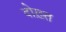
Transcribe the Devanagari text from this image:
दोख़्त